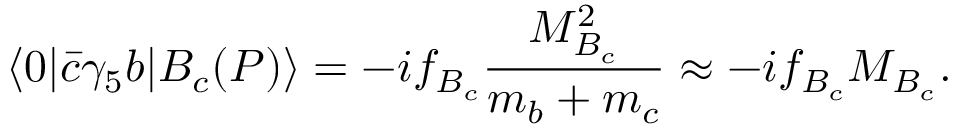
\langle 0 | { \bar { c } } \gamma _ { 5 } b | B _ { c } ( P ) \rangle = - i f _ { B _ { c } } \frac { M _ { B _ { c } } ^ { 2 } } { m _ { b } + m _ { c } } \approx - i f _ { B _ { c } } M _ { B _ { c } } .